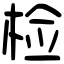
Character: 检